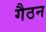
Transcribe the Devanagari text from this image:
गैठन